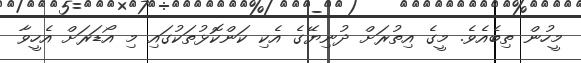
މީހުން ތިބެއެވެ. މީގެ އިތުރަށް ދުނިޔޭގެ އެކި ކަންކޮޅުތަކުގައި މި އޯޑަރަށް އެހީވާ